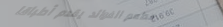
مطعم الفوائد يقدم أطباقاً